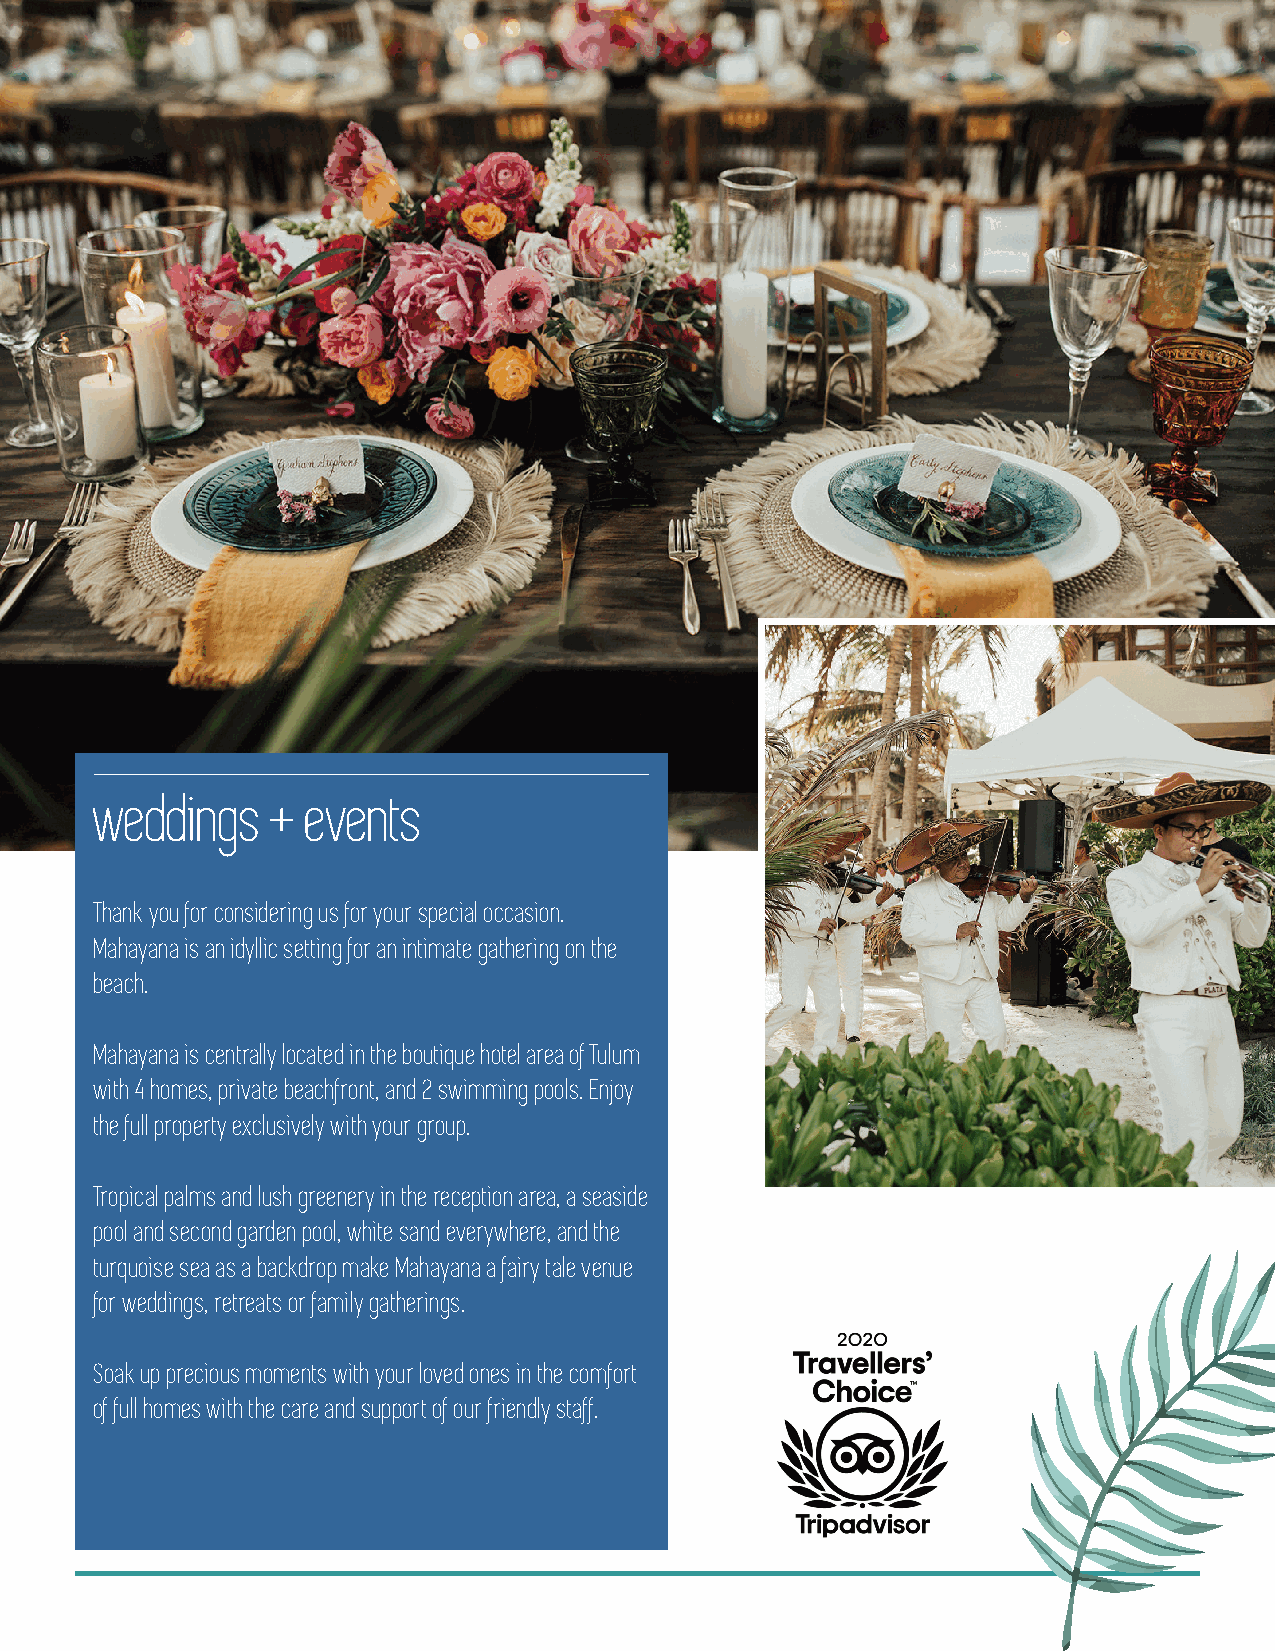
weddings    + events
 Thank you for considering us for your special occasion.
 Mahayana is an idyllic setting for an intimate gathering on the
 beach.
 Mahayana is centrally located in the boutique hotel area of Tulum
 with 4 homes, private beachfront, and 2 swimming pools. Enjoy
 the full property exclusively with your group.
 Tropical palms and lush greenery in the reception area, a seaside
 pool and second garden pool, white sand everywhere, and the
 turquoise sea as a backdrop make Mahayana a fairy tale venue
 for weddings, retreats or family gatherings.
 Soak up precious moments with your loved ones in the comfort
 of full homes with the care and support of our friendly staff.